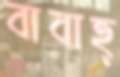
বাবাহ্